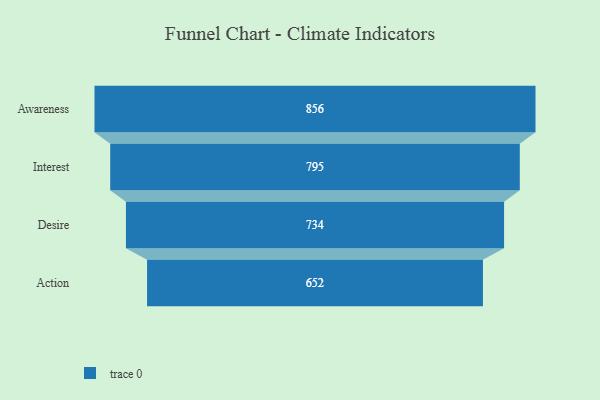
{"axis": {"x": "Stage", "y": "Value"}, "legend": [""], "data": [{"x": "Awareness", "y": 856.0, "type": ""}, {"x": "Interest", "y": 795.0, "type": ""}, {"x": "Desire", "y": 734.0, "type": ""}, {"x": "Action", "y": 652.0, "type": ""}]}